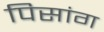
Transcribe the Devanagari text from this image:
पिसांग